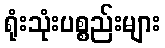
ရုံးသုံးပစ္စည်းများ